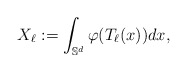
\begin{align*}X_\ell := \int_{\mathbb S^d} \varphi(T_\ell(x)) dx,\end{align*}